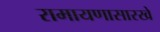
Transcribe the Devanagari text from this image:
रामायणासारखे